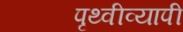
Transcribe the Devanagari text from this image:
पृथ्वीव्यापी